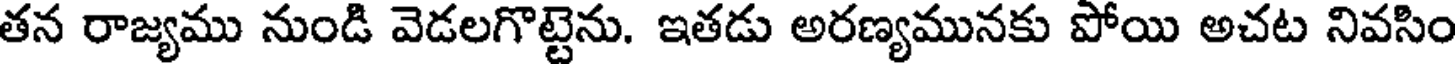
తన రాజ్యము నుండి వెడలగొట్టెను. ఇతడు అరణ్యమునకు పోయి అచట నివసిం